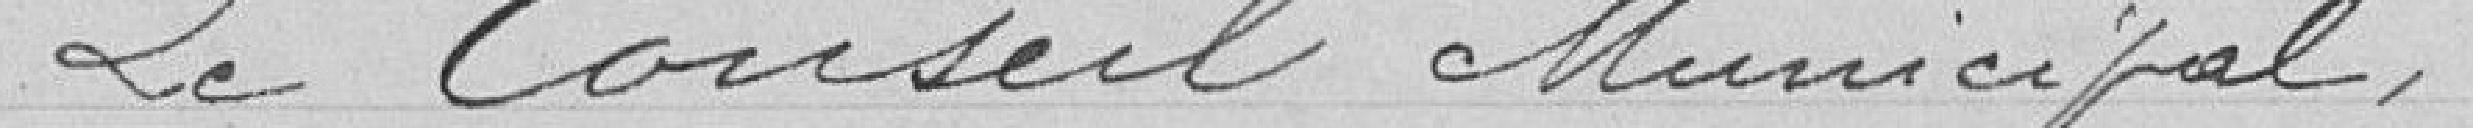
Le Conseil Municipal,